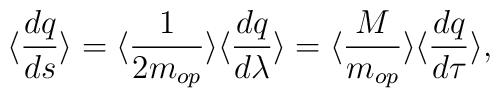
\langle \frac{dq}{ds}\rangle =\langle \frac{1}{2m_{op}}\rangle \langle\frac{dq}{d\lambda}\rangle                      =                \langle\frac{M}{m_{op}}\rangle\langle\frac{dq}{d\tau}\rangle,